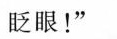
眨眼！”